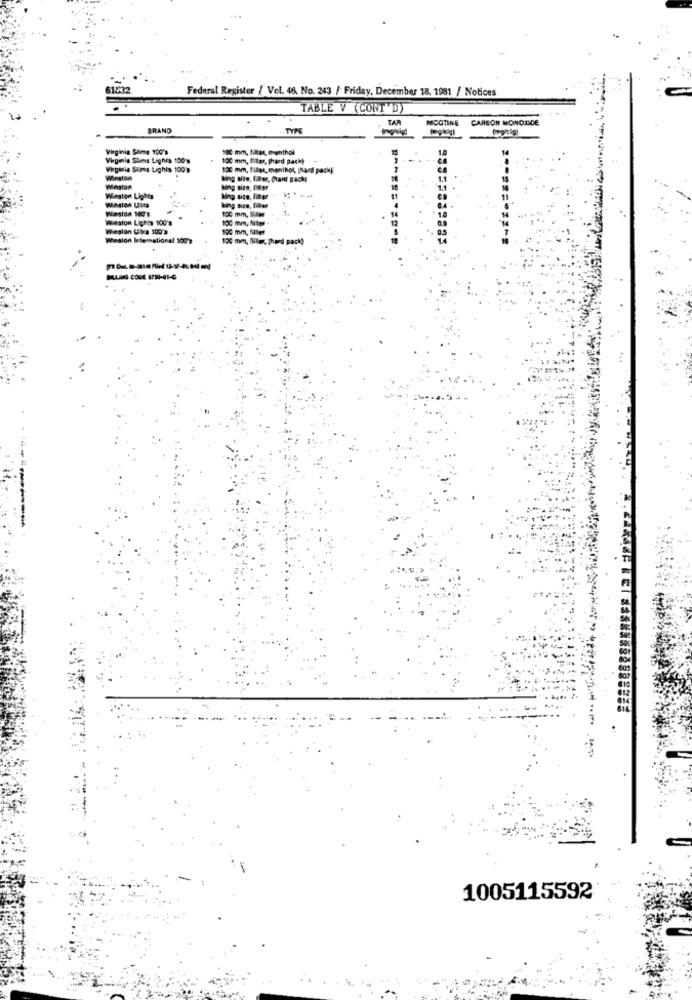
61232
Federal Register / Vol. 46. No. 243 / Friday, December 18, 1981 / Notices
TABLE V (CONT'D)
TAR
NICOTINE
CARBON MONDDDE
BRAND
Virginia Saime 100'9
100 mm, filles, monthol
Virginia Slims Lignes 100%
100 mm, Filler, (hard pack)
Virginia Stins Lighis 100
13 mm, fülss, menthol, [hard packk'
Winston
Bing size, fator, pard Bach
Winston
Winston Lights
Winston Uita
Ming size, finer
Winston 100's
bing sien, faer
130 mm, SAH
Winston Lights 100's
130 mm, filter .
Wieglon CEtva 100'a
100 mm, filler
Winston International 100'>
100 mm, lille, phard pack)
1005115592